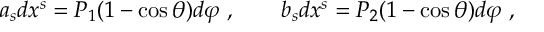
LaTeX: a _ { s } d x ^ { s } = P _ { 1 } ( 1 - \cos \theta ) d \varphi \ , \ \ \ \ \ \ b _ { s } d x ^ { s } = P _ { 2 } ( 1 - \cos \theta ) d \varphi \ ,